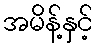
အမိန့်နှင့်